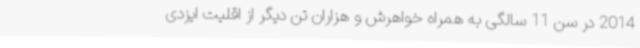
2014 در سن 11 سالگی به همراه خواهرش و هزاران تن دیگر از اقلیت ایزدی